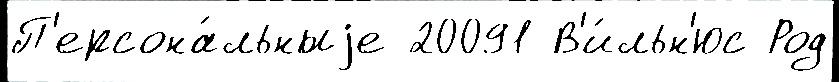
П'ерсона́льныjе 20091 В'и́льн'юс Род